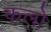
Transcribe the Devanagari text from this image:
कलो